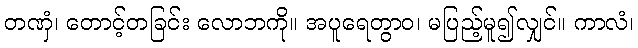
တဏှံ၊ တောင့်တခြင်း လောဘကို။ အပူရေတွာဝ၊ မပြည့်မူ၍လျှင်။ ကာလံ၊